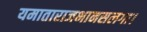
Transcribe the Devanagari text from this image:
यमाताराजभानसलगा।